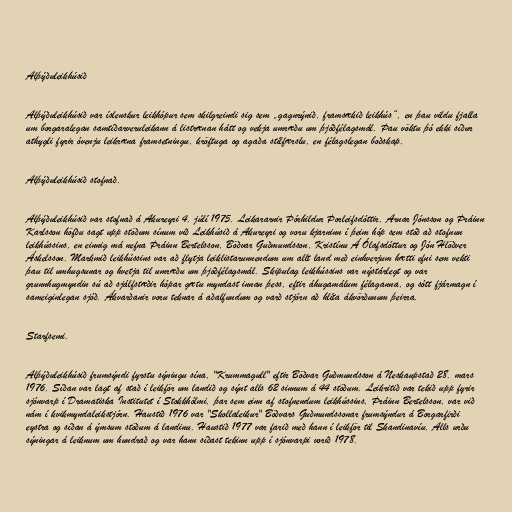
Alþýðuleikhúsið

Alþýðuleikhúsið var íslenskur leikhópur sem skilgreindi sig sem „gagnrýnið, framsækið leikhús“, en þau vildu fjalla
um borgaralegan samtíðarveruleikann á listrænan hátt og vekja umræðu um þjóðfélagsmál. Þau vöktu þó ekki síður
athygli fyrir óvenju leikræna framsetningu, kröftuga og agaða stílfærslu, en félagslegan boðskap.

Alþýðuleikhúsið stofnað.

Alþýðuleikhúsið var stofnað á Akureyri 4. júlí 1975. Leikararnir Þórhildur Þorleifsdóttir, Arnar Jónsson og Þráinn
Karlsson höfðu sagt upp stöðum sínum við Leikhúsið á Akureyri og voru kjarninn í þeim hóp sem stóð að stofnun
leikhússins, en einnig má nefna Þráinn Bertelsson, Böðvar Guðmundsson, Kristínu Á Ólafsdóttur og Jón Hlöðver
Áskelsson. Markmið leikhússins var að flytja leiklistarunnendum um allt land með einhverjum hætti efni sem vekti
þau til umhugsunar og hvetja til umræðu um þjóðfélagsmál. Skipulag leikhússins var nýstárlegt og var
grunnhugmyndin sú að sjálfstæðir hópar gætu myndast innan þess, eftir áhugamálum félaganna, og sótt fjármagn í
sameiginlegan sjóð. Ákvarðanir voru teknar á aðalfundum og varð stjórn að hlíta ákvörðunum þeirra.

Starfsemi.

Alþýðuleikhúsið frumsýndi fyrstu sýningu sína, "Krummagull" eftir Böðvar Guðmundsson á Neskaupstað 28. mars
1976. Síðan var lagt af stað í leikför um landið og sýnt alls 62 sinnum á 44 stöðum. Leikritið var tekið upp fyrir
sjónvarp í Dramatiska Institutet í Stokkhólmi, þar sem einn af stofnendum leikhússins, Þráinn Bertelsson, var við
nám í kvikmyndaleikstjórn. Haustið 1976 var "Skollaleikur" Böðvars Guðmundssonar frumsýndur á Borgarfirði
eystra og síðan á ýmsum stöðum á landinu. Haustið 1977 var farið með hann í leikför til Skandinavíu. Alls urðu
sýningar á leiknum um hundrað og var hann síðast tekinn upp í sjónvarpi vorið 1978.